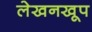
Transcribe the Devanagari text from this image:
लेखनखूप